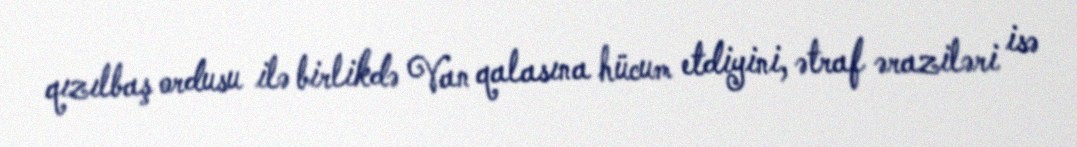
qızılbaş ordusu ilə birlikdə Van qalasına hücum etdiyini, ətraf əraziləri isə